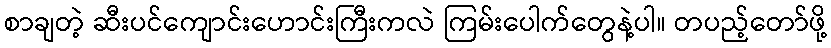
စာချတဲ့ ဆီးပင်ကျောင်းဟောင်းကြီးကလဲ ကြမ်းပေါက်တွေနဲ့ပါ။ တပည့်တော်ဖို့